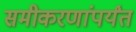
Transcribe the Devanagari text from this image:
समीकरणांपर्यंत